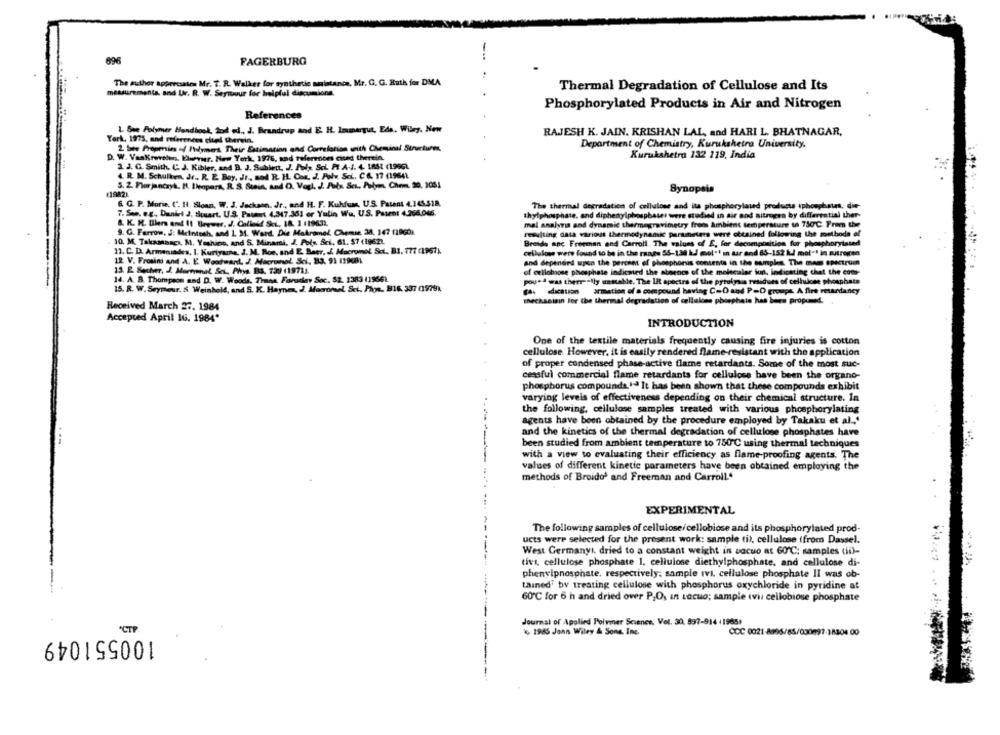
696
FAGERBURG
The author apprrosales Mr. T. R. Walker for synthetic aninstance, Mr. G. G. Ruth for DMA
Thermal Degradation of Cellulose and Its
measurements, and Ur. R. W. Seytoour for helpful discumions.
Phosphorylated Products in Air and Nitrogen
References
1. See Polymer Handbook, Jod ed ., J. Brandrup and E. H. Immergut, Eds. Wiley, New
RAJESH K. JAIN. KRISHAN LAL, and HARI L. BHATNAGAR,
York, 1975, and references cluel therein.
2. See Properties of Ilyiners Their Estimation and Correlation with Cheminal Structures,
Department of Chemistry, Kurukshetra University,
Kurukahetro 132 119, India
D. W. VaaKrwvelen. Buever, New York, 1976, and refereniors cice therein.
2. J. G. Smith. U. J. Kibler, and B. J. Subirtt, J. Puls, ScL PI A-1. 4. 1881 (1996L
4. R. M. Schulken, Jr ., R. E. Boy, Jr ., and R. H. Com, J. Pole. Sci. CA. 17 (19641.
5. 2. Flurjanczyk. Pl. theopera, R. S. Stein, and D. Vogl. J. Pots. SeL. Astym Chem. 20, 2051
Synopsis
(1982)
6. G. P. Marie. (". H. Sloan, W. J. Jackson. Jr ., and H. F. Kuhfuss, U.S. Patent 4,145.$18.
The thermal degradation of cellulose and its phosphorylated products iphosphates, die-
7. San. e.g. Daniel J. siquart. U.S. Patent 4,347.361 or Yulin Wu, U.S. Patent 4,256.046.
thylphosphate, and diphenylphosphates were studied in air and nitrogen by differential ther-
&. K. H. Ubers and Il Brewer, J. Colloid SEL, 18. 1 119632.
mal analysis and dynamic thermegravimetry from ambient temperature ta 730 ℃. From the
9. G. Farrow, J: Mcintosh, and 1 31. Ward, Die Makromol Chemie 38, 147 (1960)
resulting data various thermodynamic parameters were obtained following the methods of
10. M. Takaanaacı, M. Yashine, and S. Minami, J. Poly. Sci, 61. 57 (1962).
Braids anc Freeman and Carroll. The values of E, for decomposition for phosphoryiused
13. C. D. Armeniades, I. Kuriyama, J. M. Boe, and E. Beer, J. Mocromol Set ., B1, 777 (1967).
cellulose were found to be in the range 56-138 KJ mol"1 in uur and 83-152 kud mol"1 in nitrogen
12 V. Frosini and A. E. Woodwardt. J. Macrumol. Sci, 83. 91 119081.
and depenerd upon the percent of phosphorus consente in the samples. The mass spectrum
15. E. Secher, J. Mornunal, Sel, Phys. B3, 739 119711.
of erilobaose phosphate indicated the absence of the molecular fun, indicating that the com-
14. A. B. Thompson and D. W. Woods, Thana, Forudey Soc. 52. 1383 (1966)
poued was therreally unstable. The IR spectra of the pyrolysis residues of cellulose phosphate
15. R. W.Seymour. & Weinhold, and S. K. Haynes, J. Macronsel, Set. Plow, B16. 337 (1979).
armation of a compound having C=D and P=D groups. A fire retardancy
mechasisin For the thermal degradation of cellulose phosphate has bura proposed.
Received March 27. 1984
Accepted April 16. 1984*
INTRODUCTION
One of the textile materials frequently causing fire injuries is cotton
cellulose. However, it is easily rendered flame-resistant with the application
of proper condensed phase-active flame retardants. Some of the most suc-
cessful commercial flame retardants for cellulose have been the organo-
phosphorus compoundsId It has been shown that these compounds exhibit
varying levels of effectiveness depending on their chemical structure. In
the following, cellulose samples treated with various phosphorylating
agents have been obtained by the procedure employed by Takaku et al ., '
and the kinetics of the thermal degradation of cellulose phosphates have
been studied from ambient temperature to 750 ℃ using thermal techniques
with a view to evaluating their efficiency as flame-proofing agents. The
--
values of different kinetic parameters have been obtained employing the
methods of Broido' and Freeman and Carroll ..
EXPERIMENTAL
The following samples of cellulose/cellobiose and its phosphorylated prod-
ucts were selected for the present work: sample til, cellulose (from Dassel.
West Germanyt. dried to a constant weight in vacuo at 60℃; samples (ii)-
tivs, cellulose phosphate 1. cellulose diethylphosphate, and cellulose di-
phenvipnosphate, respectively; sample Ivi, cellulose phosphate II was ob-
tained" by treating cellulose with phosphorus oxychloride in pyridine at
60℃ for 6 h and dried over PO, in Locuo; sample tvil cellobiose phosphate
Journal of Applied Polymer Science, Vol. 30, 897-914 +1965)
CTP
4 1985 Jann Wiley & Sons, Inc
CCC 0021-8896/85/030997-18304 00
100551049
-----